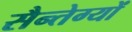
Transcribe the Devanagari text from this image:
सैन्तेग्यों